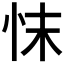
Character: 𢗿